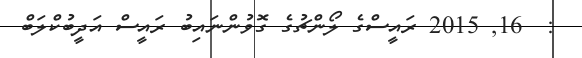
:  16